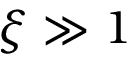
\xi \gg 1